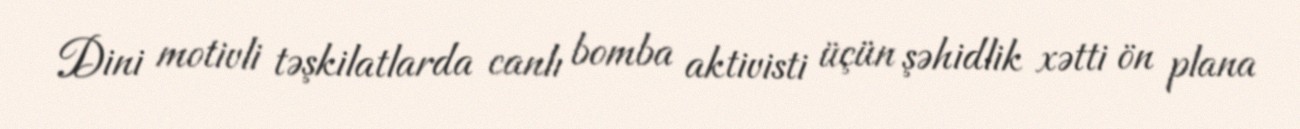
Dini motivli təşkilatlarda canlı bomba aktivisti üçün şəhidlik xətti ön plana